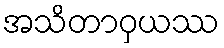
အသိတာဝှယဿ